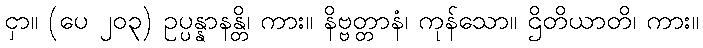
ငှာ။ (ပေ ၂၀၃) ဥပ္ပန္နာနန္တိ၊ ကား။ နိဗ္ဗတ္တာနံ၊ ကုန်သော။ ဌိတိယာတိ၊ ကား။